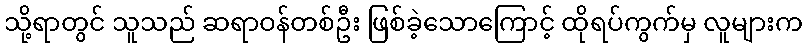
သို့ရာတွင် သူသည် ဆရာဝန်တစ်ဦး ဖြစ်ခဲ့သောကြောင့် ထိုရပ်ကွက်မှ လူများက